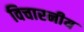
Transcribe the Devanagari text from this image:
विचारनीय